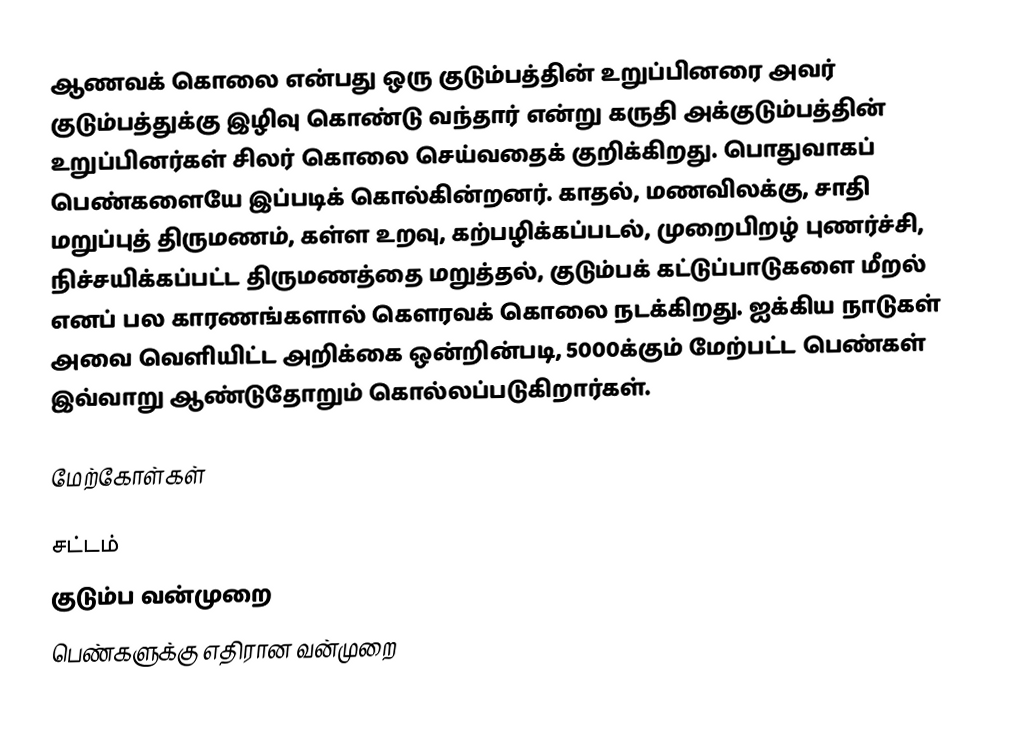
ஆணவக் கொலை என்பது ஒரு குடும்பத்தின் உறுப்பினரை அவர் குடும்பத்துக்கு இழிவு கொண்டு வந்தார் என்று கருதி அக்குடும்பத்தின் உறுப்பினர்கள் சிலர் கொலை செய்வதைக் குறிக்கிறது. பொதுவாகப் பெண்களையே இப்படிக் கொல்கின்றனர். காதல், மணவிலக்கு, சாதி மறுப்புத் திருமணம், கள்ள உறவு, கற்பழிக்கப்படல், முறைபிறழ் புணர்ச்சி, நிச்சயிக்கப்பட்ட திருமணத்தை மறுத்தல், குடும்பக் கட்டுப்பாடுகளை மீறல் எனப் பல காரணங்களால் கெளரவக் கொலை நடக்கிறது. ஐக்கிய நாடுகள் அவை வெளியிட்ட அறிக்கை ஒன்றின்படி, 5000க்கும் மேற்பட்ட பெண்கள் இவ்வாறு ஆண்டுதோறும் கொல்லப்படுகிறார்கள்.

மேற்கோள்கள்

சட்டம்
குடும்ப வன்முறை
பெண்களுக்கு எதிரான வன்முறை